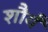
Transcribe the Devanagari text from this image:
शौर्यं